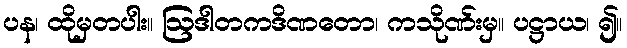
ပန၊ ထိုမှတပါး။ ဩဒါတကဒိဏတော၊ ကသိုဏ်းမှ။ ပဋ္ဌာယ၊ ၍။